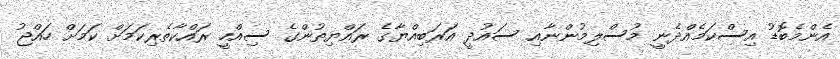
އެންމެބޮޑު އިސްކަމެއްދެނީ މުސްލިމުންނާއި ސައުދީ އަރަބިއްޔާގެ ރައްޔިތުންގެ ސިއްހީ ރައްކާތެރިކަމަށް ކަމަށް ހައްޖު